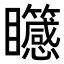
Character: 𥍒